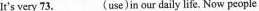
It's very 73.___(use) in our daily life.Now people